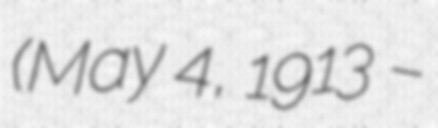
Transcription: (May 4, 1913 –